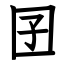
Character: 囝